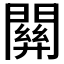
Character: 𨵿